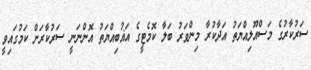
ސަރުކާރުގެ މަސްއޫލިއްޔަތު އަދާކުރާ މިންވަރު ބަލާ ކޮމެޓީގެ އަޣުބިއްޔަތު އޮންނަނީ ސަރުކާރަށް ކަމުގައިވީ